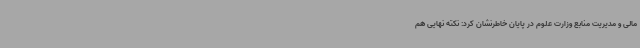
مالی و مدیریت منابع وزارت علوم در پایان خاطرنشان کرد: نکته نهایی هم